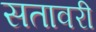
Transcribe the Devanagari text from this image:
सतावरी